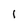
Character: 1